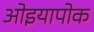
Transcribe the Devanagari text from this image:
ओइयापोक